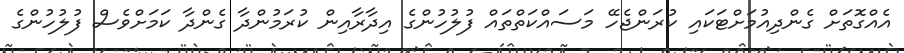
އެއްގޮތަށް ގެންދިއުމަށްޓަކައި ކުރަންޖެހޭ މަސައްކަތްތައް ފުލުހުންގެ އިދާރާއިން ކުރަމުންދާ ގެންދާ ކަމަށްވެސް ފުލުހުންގެ